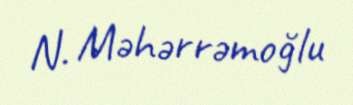
N. Məhərrəmoğlu